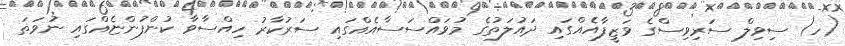
(ހ) ސިވިލް ސަރިވިސްގެ ވަޒީފާއެއްގައި ދައުލަތުގެ މުވައްސަސާއެއްގައި ސަރުކާރު ހިއްސާވާ ކުންފުންޏެއްގައި ނުވަތަ